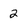
Character: 2